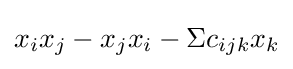
x_{i}x_{j}-x_{j}x_{i}-\Sigma c_{ijk}x_{k}